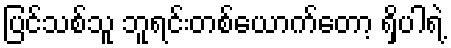
ပြင်သစ်သူ ဘူရင်းတစ်ယောက်တော့ ရှိပါရဲ့